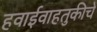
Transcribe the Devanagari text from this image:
हवाईवाहतुकीचे